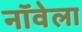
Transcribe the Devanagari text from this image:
नॉवेला